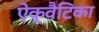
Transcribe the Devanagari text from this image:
ऐक्वैटिका